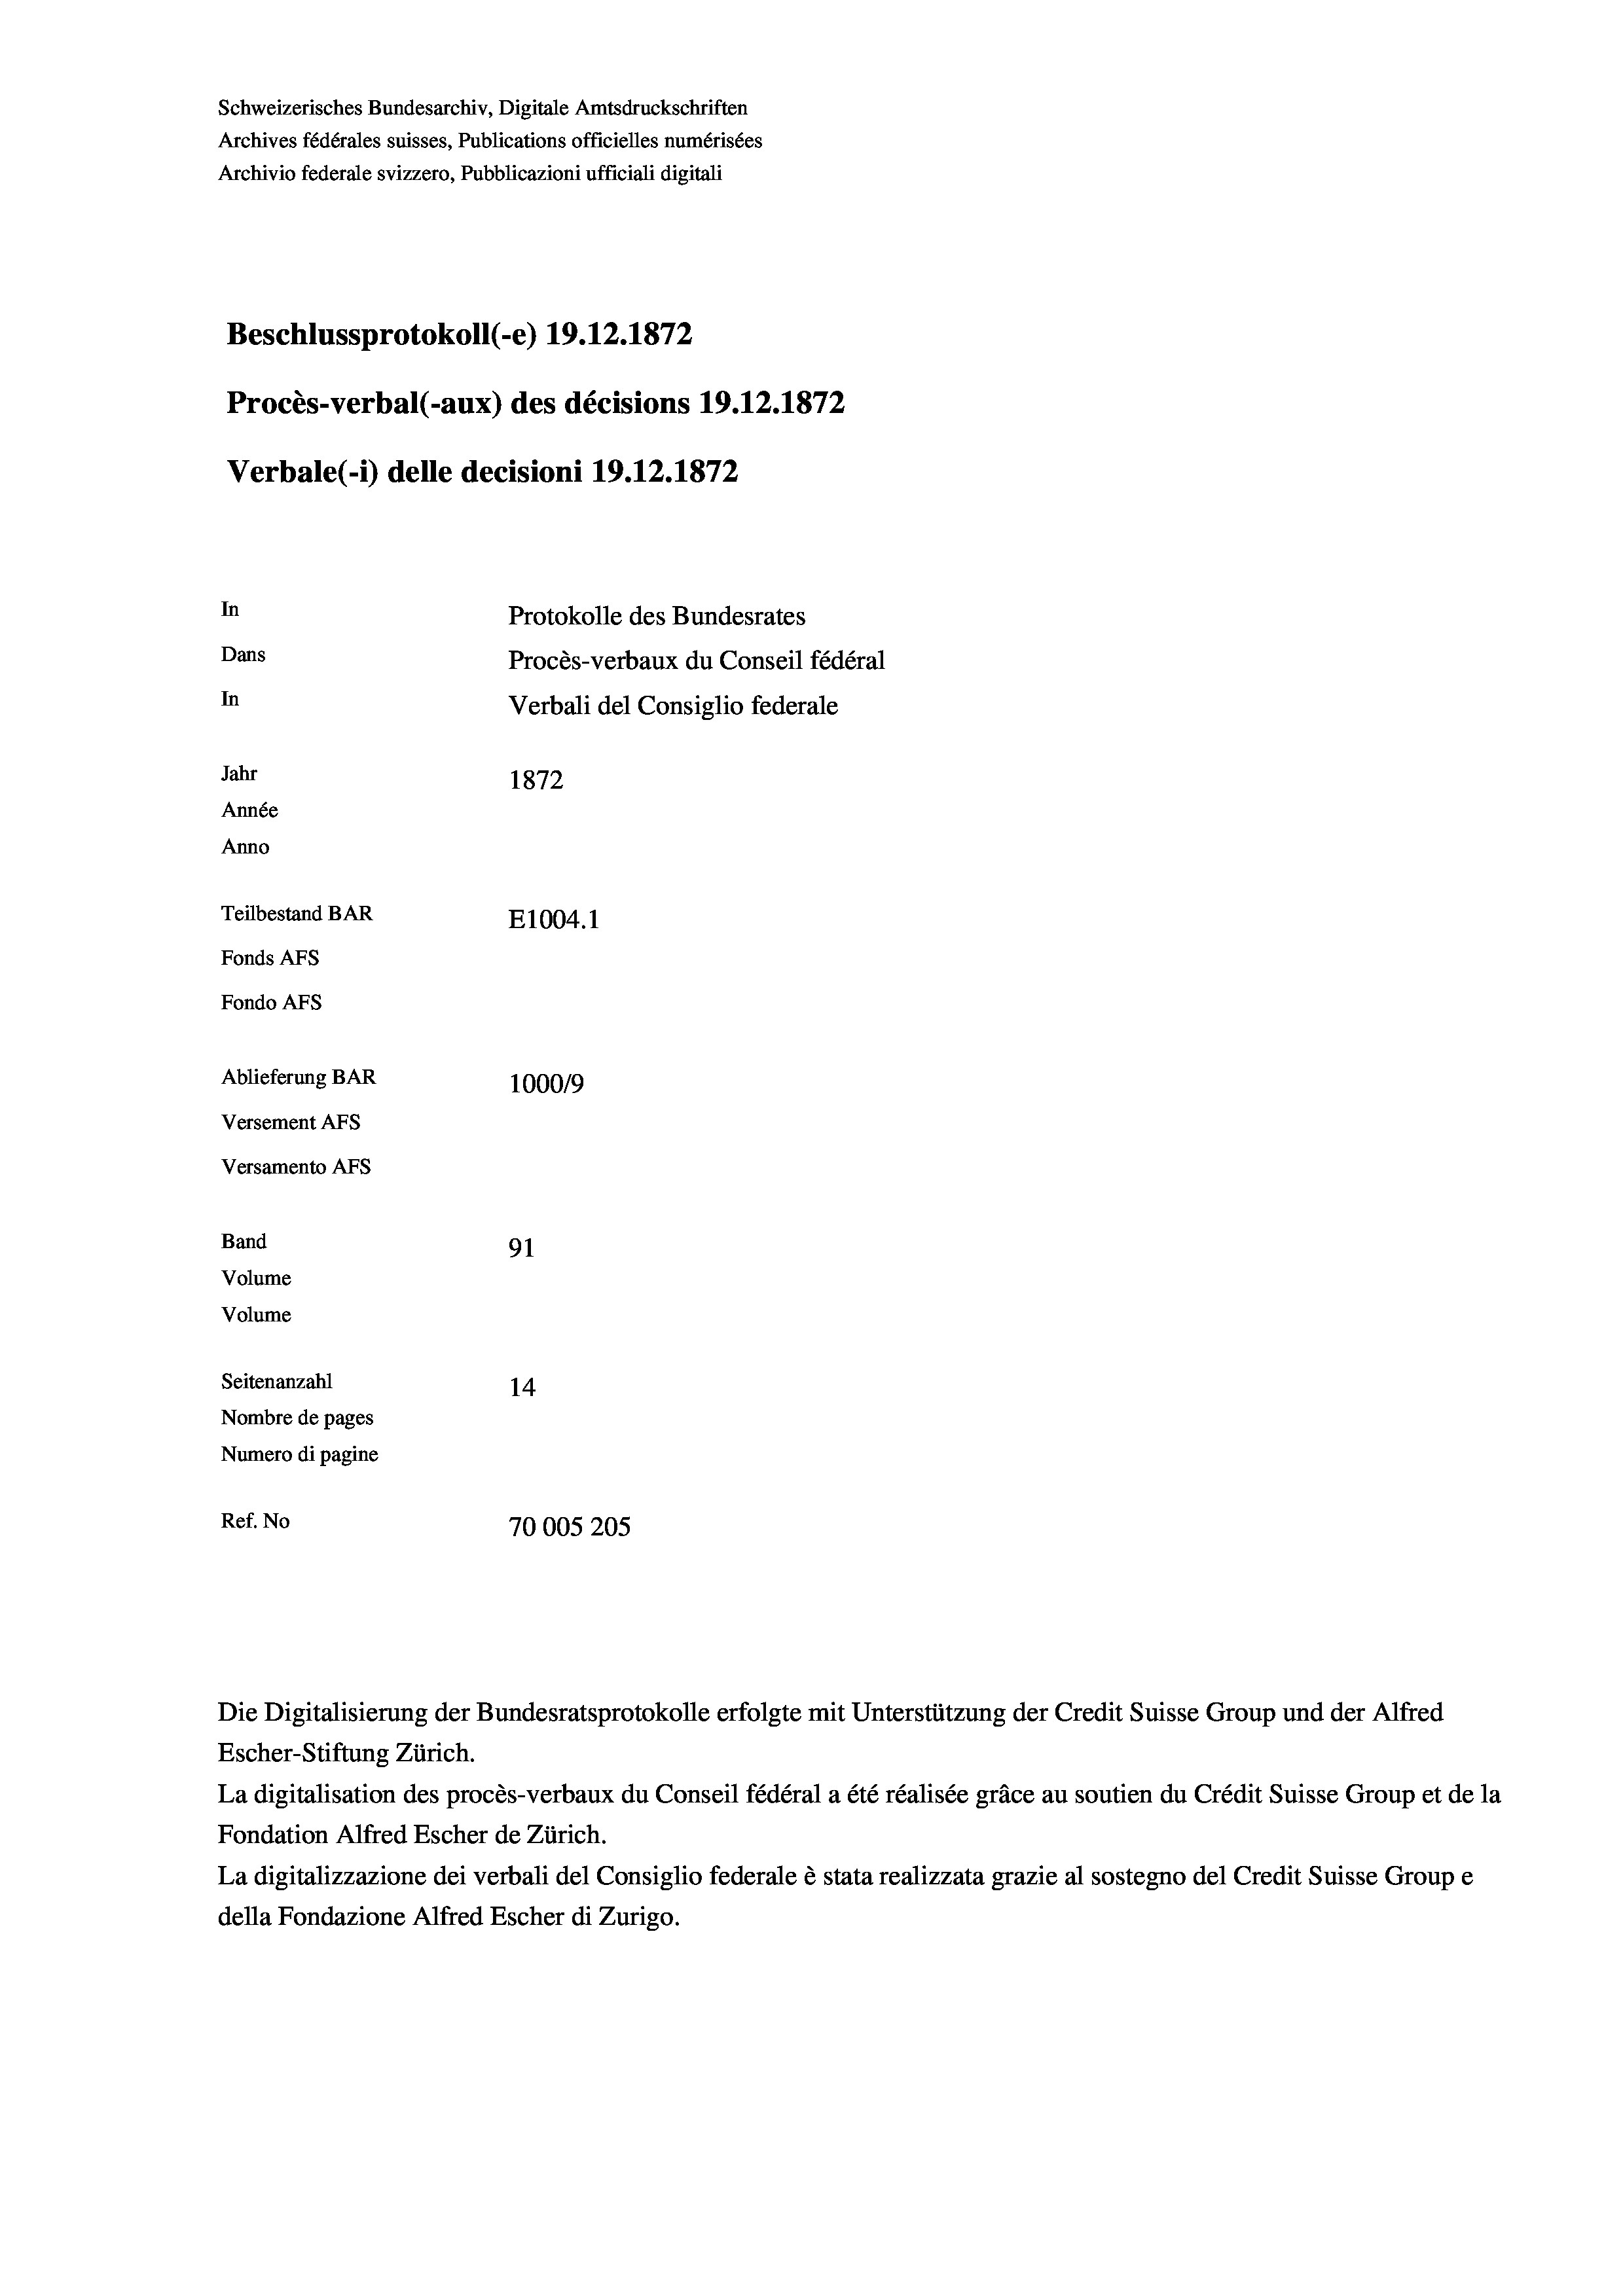
Schweizerisches Bundesarchiv, Digitale Amtsdruckschriften
Archives fédérales suisses, Publications officielles numérisées
Archivio federale svizzero, Pubblicazioni ufficiali digitali
Beschlussprotokoll (-e) 19. 12. 1872
Procès-verbal (-aux) des décisions 19.12.1872
Verbale(*) delle decisioni 19. 12. 1872
In
Protokolle des Bundesrates
Dans
Procès-verbaux du Conseil fédéral
In
Verbali del Consiglio federale
Jahr
1872
Année
Anno
Teilbestand BAR
E1004.1
Fonds AFs
Fondo AFs
Ablieferung BAR
100019
Versement AFS
Versamento AFs
Band
91
Volume
Volume
Seitenanzahl
14
Nombre de pages
Numero di pagine
Ref. No
70005205

Escher-Stiftung Zürich.
La digitalisation des procès-verbaux du Conseil fédéral a été réalisée gräce au soutien du Crédit Suisse Group et de la
Fondation Alfred Escher de Zürich.
La digitalizzazione dei verbali del Consiglio federale è stata realizzata grazie al sostegno del Credit Suisse Groupe
della Fondazione Alfred Escher di Zurigo.

Die Digitalisierung der Bundesratsprotokolle erfolgte mit Unterstützung der Credit Suisse Group und der Alfred